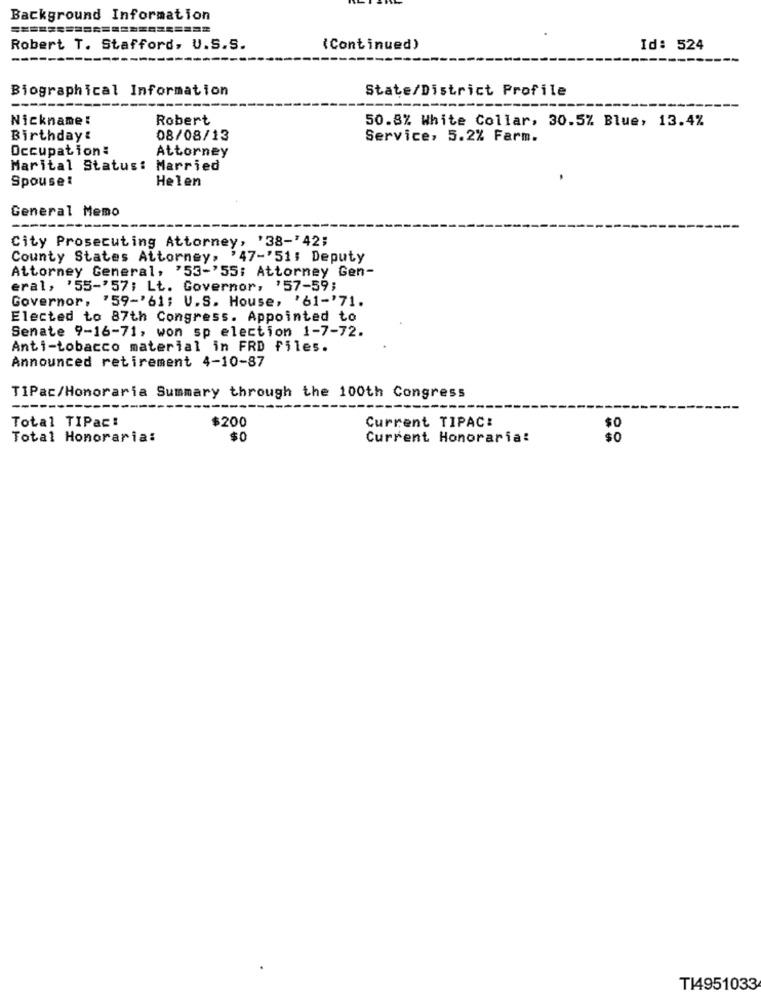
Background Information
Robert T. Stafford, U.S.S.
(Continued)
Id: 524
----
Biographical Information
State/District Profile
Nickname:
Robert
50.8% White Collar, 30.5% Blue, 13.4%
Birthday:
08/08/13
Service, 5.2% Farm.
Occupation:
Attorney
Marital Status:
Married
Spouse!
Helen
.
General Memo
City Prosecuting Attorney, '38-' 42;
County States Attorney, '47-'51; Deputy
Attorney General, '53-'55; Attorney Gen-
eral, '55-'57; Lt. Governor, '57-59;
Governor, '59-'61; U.S. House, '61-'71.
Elected to 87th Congress. Appointed to
Senate 9-16-71, won sp election 1-7-72.
Anti-tobacco material in FRD files.
Announced retirement 4-10-87
TIPac/Honoraria Summary through the 100th Congress
Current TIPAC:
Total TIPac:
$200
Total Honoraria:
$0
Current Honoraria!
so
T14951033